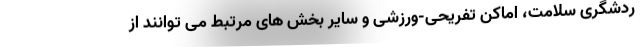
ردشگری سلامت، اماکن تفریحی-ورزشی و سایر بخش های مرتبط می توانند از